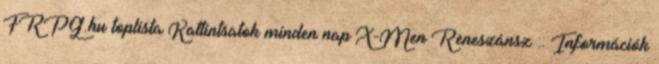
FRPG.hu toplista Kattintsatok minden nap X-Men Reneszánsz :: Információk